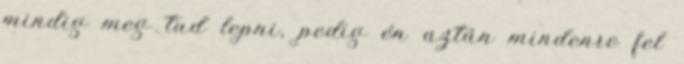
mindig meg tud lepni, pedig én aztán mindenre fel